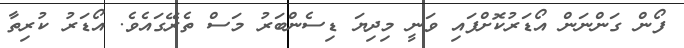
ފޯން ގަންނަން އޯޑަރުކޮށްފައި ވަނީ މިދިޔަ ޑިސެންބަރު މަސް ތެރޭގައެވެ. އޯޑަރު ކުރިތާ